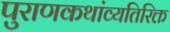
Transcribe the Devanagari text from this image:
पुराणकथांव्यतिरिक्त